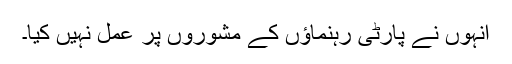
انہوں نے پارٹی رہنماؤں کے مشوروں پر عمل نہیں کیا۔